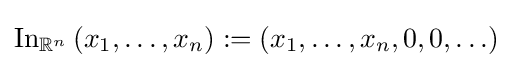
\operatorname {In} _{\mathbb {R} ^{n}}\left(x_{1},\ldots ,x_{n}\right):=\left(x_{1},\ldots ,x_{n},0,0,\ldots \right)